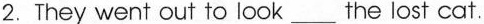
2.They went out to look___the lost cat.